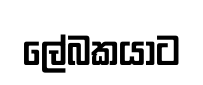
ලේබකයාට